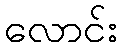
လောင်း